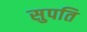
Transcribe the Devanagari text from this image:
सुपति